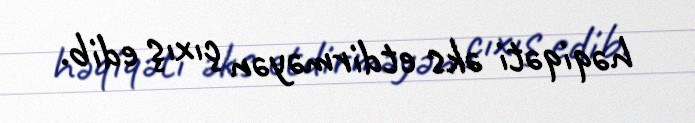
həqiqəti əks etdirməyən çıxış edib.